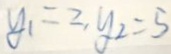
y _ { 1 } = 2 , y _ { 2 } = 5